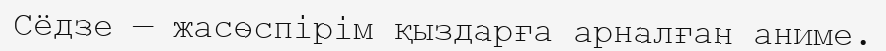
Сёдзе — жасөспірім қыздарға арналған аниме.